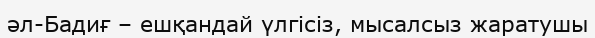
әл-Бадиғ – ешқандай үлгісіз, мысалсыз жаратушы